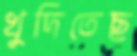
খুদিতেছ